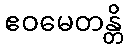
ဧဝမေတန္တိ